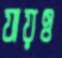
যায়ও